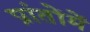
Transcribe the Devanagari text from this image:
प्रांतोंमें